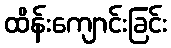
ထိန်းကျောင်းခြင်း